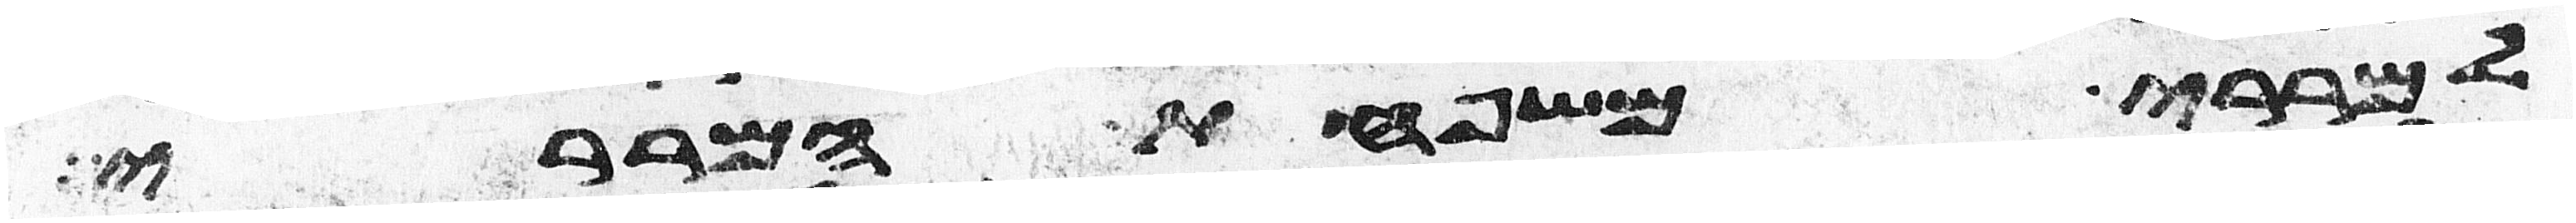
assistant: למררי משפחת המררי